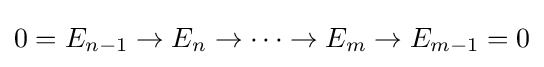
0=E_{n-1}\to E_{n}\to \dots \to E_{m}\to E_{m-1}=0